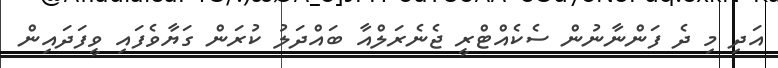
އަދި މި ދެ ފަންނާނުން ސެކެއްޓްރީ ޖެނެރަލްއާ ބައްދަލު ކުރަން ގަޔާވެފައި ވީފަދައިން